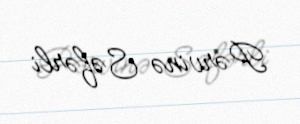
Pərvinə Səfərli